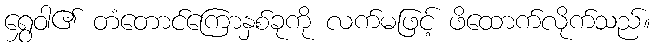
ရွှေဝါ၏ တံတောင်ကြောနှစ်ခုကို လက်မဖြင့် ဖိထောက်လိုက်သည်။